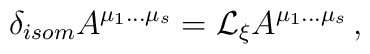
\delta_{isom} A^{\mu_1\ldots\mu_s}={\cal L}_\xi A^{\mu_1\ldots\mu_s}\,,